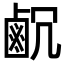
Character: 𪉛